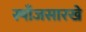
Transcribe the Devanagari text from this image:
स्पाँजसारखे